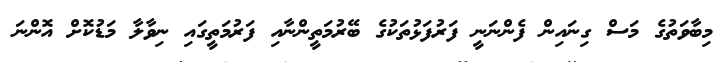
މިބާވަތުގެ މަސް ގިނައިން ފެންނަނީ ފަރުފަޅުތަކުގެ ބޭރުމަތީންނާއި ފަރުމަތީގައި ނިވާލާ މަޑުކޮށް އޮންނަ